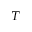
_ { T }